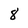
Character: 8